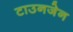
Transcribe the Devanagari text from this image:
टाउनजेन